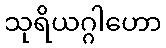
သုရိယဂ္ဂါဟော